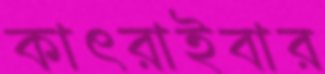
কাৎরাইবার